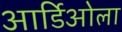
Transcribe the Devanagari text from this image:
आर्डिओला